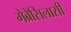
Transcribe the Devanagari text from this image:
गेब्रेसिलासी